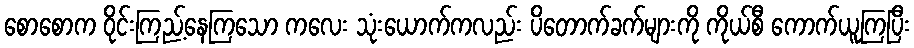
စောစောက ဝိုင်းကြည့်နေကြသော ကလေး သုံးယောက်ကလည်း ပိတောက်ခက်များကို ကိုယ်စီ ကောက်ယူကြပြီး